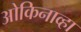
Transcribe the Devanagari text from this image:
ओकिनाव्हा